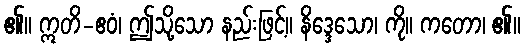
၏။ ဣတိ-ဧဝံ၊ ဤသို့သော နည်းဖြင့်။ နိဒ္ဒေသော၊ ကို။ ကတော၊ ၏။